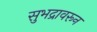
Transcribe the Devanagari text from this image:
सुभद्रावरून